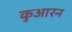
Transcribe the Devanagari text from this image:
कुआरन